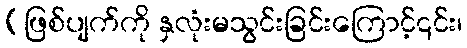
[ဖြစ်ပျက်ကို နှလုံးမသွင်းခြင်းကြောင့်၎င်း၊